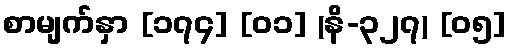
စာမျက်နှာ [၁၇၄] [၀၁] (နိ-၃၂၇) [၀၅]